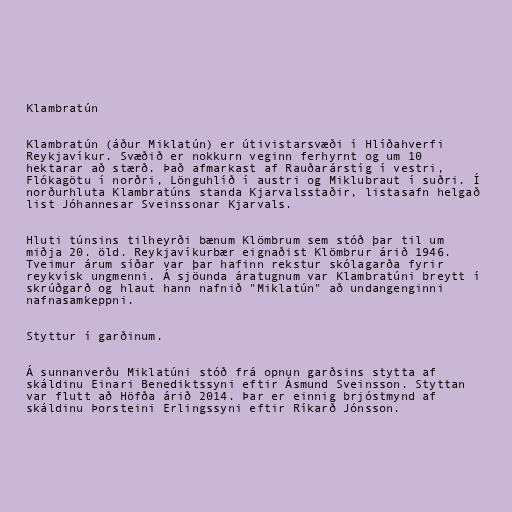
Klambratún

Klambratún (áður Miklatún) er útivistarsvæði í Hlíðahverfi
Reykjavíkur. Svæðið er nokkurn veginn ferhyrnt og um 10
hektarar að stærð. Það afmarkast af Rauðarárstíg í vestri,
Flókagötu í norðri, Lönguhlíð í austri og Miklubraut í suðri. Í
norðurhluta Klambratúns standa Kjarvalsstaðir, listasafn helgað
list Jóhannesar Sveinssonar Kjarvals.

Hluti túnsins tilheyrði bænum Klömbrum sem stóð þar til um
miðja 20. öld. Reykjavíkurbær eignaðist Klömbrur árið 1946.
Tveimur árum síðar var þar hafinn rekstur skólagarða fyrir
reykvísk ungmenni. Á sjöunda áratugnum var Klambratúni breytt í
skrúðgarð og hlaut hann nafnið "Miklatún" að undangenginni
nafnasamkeppni.

Styttur í garðinum.

Á sunnanverðu Miklatúni stóð frá opnun garðsins stytta af
skáldinu Einari Benediktssyni eftir Ásmund Sveinsson. Styttan
var flutt að Höfða árið 2014. Þar er einnig brjóstmynd af
skáldinu Þorsteini Erlingssyni eftir Ríkarð Jónsson.